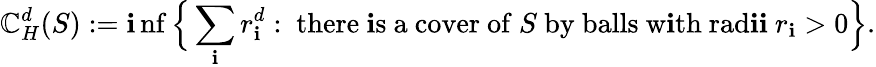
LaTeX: \mathbb{C}_{H}^{d}(S):=\operatorname*{\mathbf{i}nf}{\Bigl\{ }\sum_{\mathbf{i}}r_{\mathbf{i}}^{d}:{\mathrm{{~there~\mathbf{i}s~a~cover~of~}}}S{\mathrm{{~by~balls~w\mathbf{i}th~rad\mathbf{i}\mathbf{i}~}}}r_{\mathbf{i}}>0{\Bigr\} }.